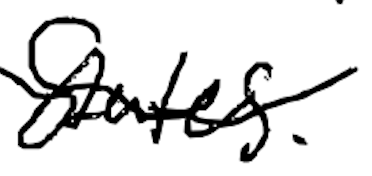
Text: States.
Cross-out: wave
Writing tool: digital_black